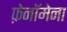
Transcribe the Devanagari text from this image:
फ़ेनॉमेना